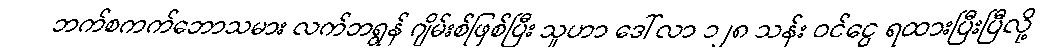
ဘက်စကက်ဘောသမား လက်ဘရွန် ဂျိမ်းစ်ဖြစ်ပြီး သူဟာ ဒေါ်လာ ၁၂၈ သန်း ဝင်ငွေ ရထားပြီးပြီလို့